Indian journal of veterinary science and animal husbandry - Volume 6,
Year: 1936
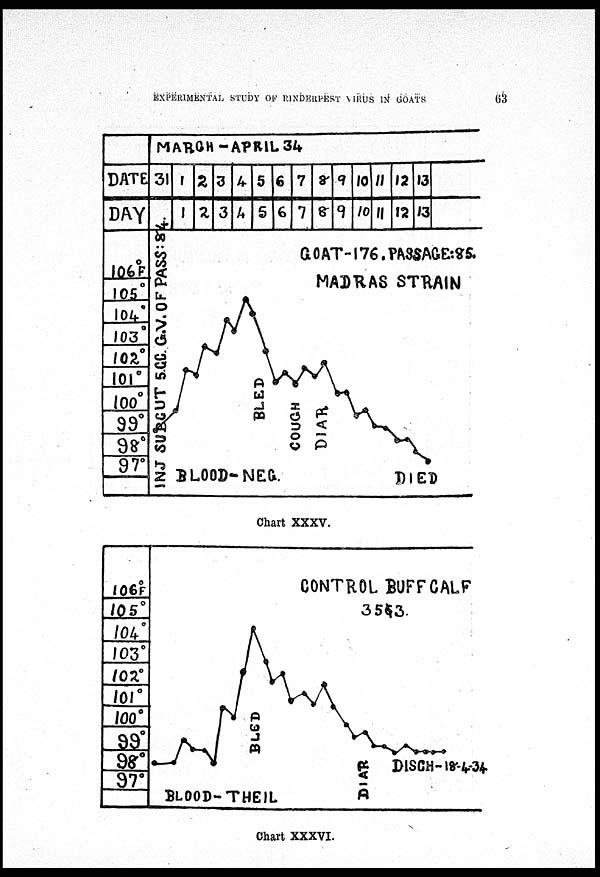
EXPERIMENTAL STUDY OF RINDERPEST VIRUS IN GOATS
63
Chart XXXV.
Chart XXXVI.